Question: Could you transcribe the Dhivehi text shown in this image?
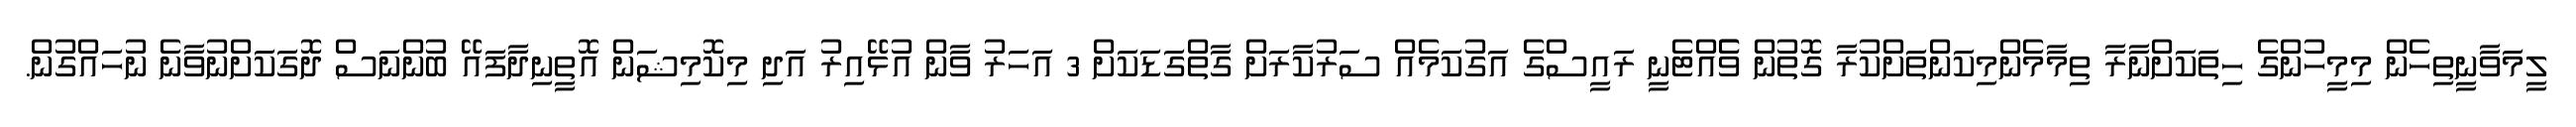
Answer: ލީމަވާނީތިހެން މިމީހުންގެ ހިތަކަށްނާރާ ތިމާމެންމިކަންތަށްކުރާ ގޮތުން ވެެއްޓެނީ ރައީސްގެ އަގުކަމެއް ސަރުކާރަށް ގާތްގަޑަކަށް 3 އަހަރު ވާން އުޅޭއިރު އަދި މިކޮމިޝަން އޮތީނިދާފައޭ ބުންނަސް ދޮގަކަށްނުވާނެ ނުހައްގުން.